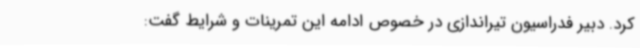
کرد. دبیر فدراسیون تیراندازی در خصوص ادامه این تمرینات و شرایط گفت: